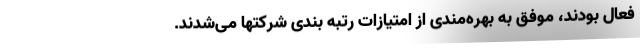
فعال بودند، موفق به بهره‌مندی از امتیازات رتبه بندی شرکتها می‌شدند.